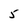
Character: 5